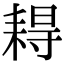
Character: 䎪